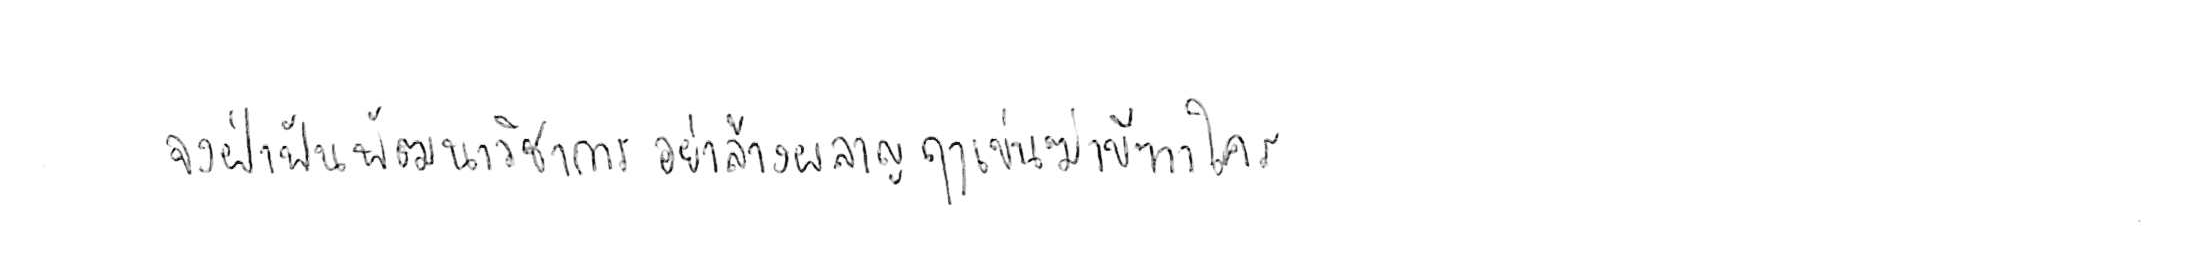
จงฝ่าฟันพัฒนาวิชาการ อย่าล้างผลาญฤๅเข่นฆ่าบีฑาใคร